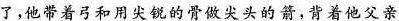
了,他带着弓和用尖锐的骨做尖头的箭，背着他父亲